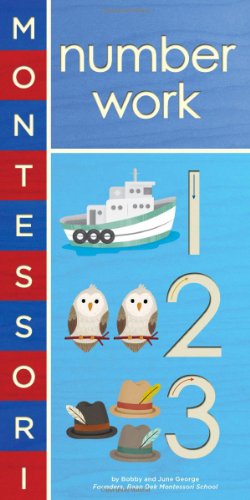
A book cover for Montessori: Number Work; Bobby George; Children's Books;